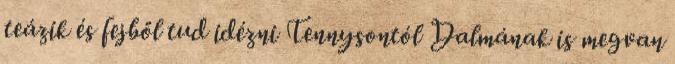
teázik és fejből tud idézni Tennysontól Dalmának is megvan